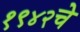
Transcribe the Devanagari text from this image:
१९४२चे